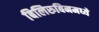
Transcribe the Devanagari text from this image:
बिलिरुबिनमध्ये